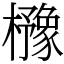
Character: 櫲